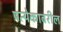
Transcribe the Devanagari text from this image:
प्रत्येकावरील